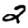
Digit: 2